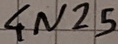
Text: 4N25